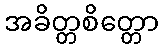
အခိတ္တစိတ္တော